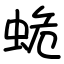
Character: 蛫